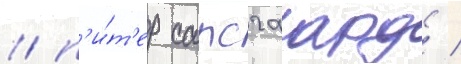
/ п'и́т'ер сарсгаард /